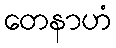
တေနာဟံ